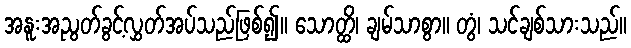
အနူးအညွတ်ခွင့်လွှတ်အပ်သည်ဖြစ်၍။ သောတ္ထိ၊ ချမ်သာစွာ။ တွံ၊ သင်ချစ်သားသည်။